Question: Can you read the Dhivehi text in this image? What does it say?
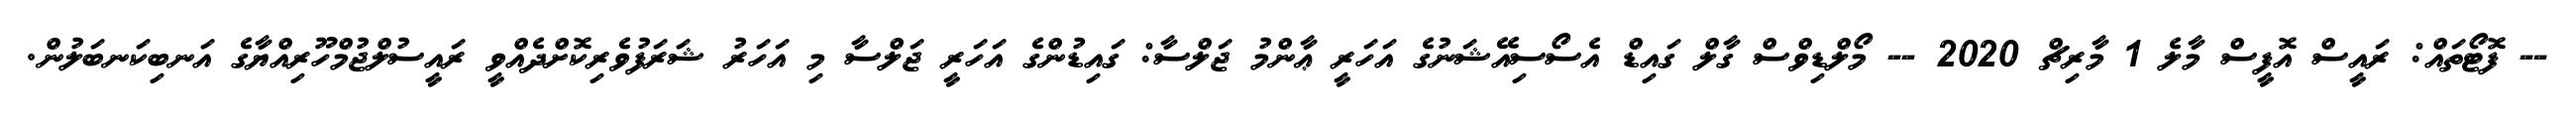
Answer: -- ފޮޓޯތައް: ރައީސް އޮފީސް މާލެ 1 މާރިޗް 2020 -- މޯލްޑިވްސް ގާލް ގައިޑް އެސޯސިއޭޝަނުގެ އަހަރީ ޢާންމު ޖަލްސާ: ގައިޑުންގެ އަހަރީ ޖަލްސާ މި އަހަރު ޝަރަފުވެރިކޮށްދެއްވީ ރައީސުލްޖުމްހޫރިއްޔާގެ އަނބިކަނބަލުން.